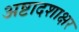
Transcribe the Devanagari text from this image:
अष्टादशाक्षर